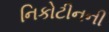
નિકોટીનની